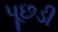
પૂછડી